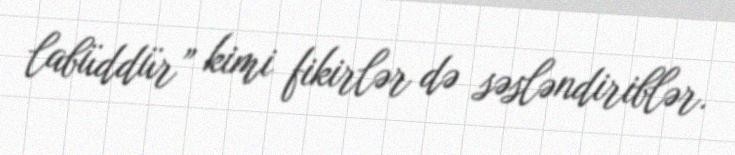
labüddür” kimi fikirlər də səsləndiriblər.